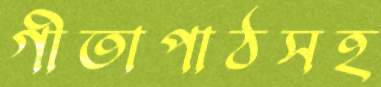
গীতাপাঠসহ